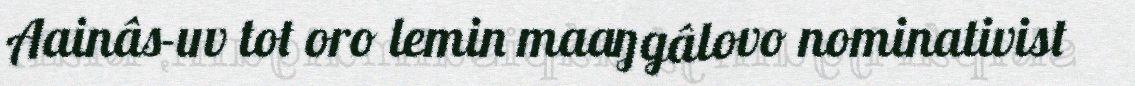
Aainâs-uv tot oro lemin maaŋgâlovo nominativist